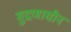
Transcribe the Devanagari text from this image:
मुद्रणाधीन